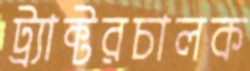
ট্র্যাক্টরচালক